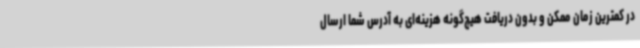
در کمترین زمان ممکن و بدون دریافت هیچ‌گونه هزینه‌ای به آدرس شما ارسال